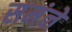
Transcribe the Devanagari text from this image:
समंने